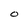
Character: O